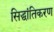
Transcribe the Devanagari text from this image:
सिद्धांतिकरण